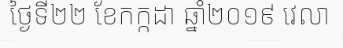
ថ្ងៃទី២២ ខែកក្កដា ឆ្នាំ២០១៩ វេលា